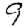
Digit: 9